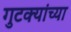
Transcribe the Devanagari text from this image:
गुटक्यांच्या